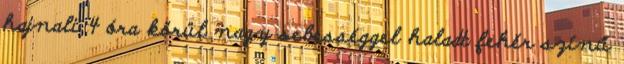
hajnali 4 óra körül nagy sebességgel haladt fehér színű